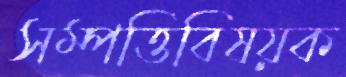
সম্পত্তিবিষয়ক